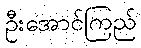
ဦးအောင်ကြည်